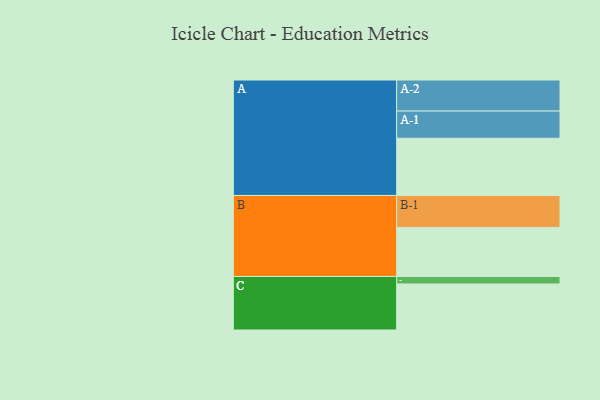
{"axis": {"x": "Segment", "y": "Value"}, "legend": ["", "A", "B", "C"], "data": [{"x": "A", "y": 510, "type": ""}, {"x": "B", "y": 437, "type": ""}, {"x": "C", "y": 410, "type": ""}, {"x": "A-1", "y": 242, "type": "A"}, {"x": "A-2", "y": 277, "type": "A"}, {"x": "B-1", "y": 285, "type": "B"}, {"x": "C-1", "y": 67, "type": "C"}]}